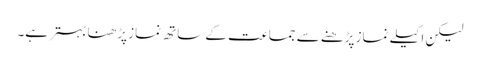
لیکن اکیلے نماز پڑھنے سے جماعت کے ساتھ نماز پڑھنا بہتر ہے۔